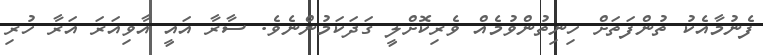
ފެނުމާއެކު ތުންފަތަށް ހިނިތުންވުމެއް ވެރިކޮށްލީ ގަދަކަމުންނެވެ. ސާރާ އައީ އާވިއަރަ އަރާ ހުރި